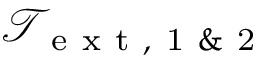
\mathcal { T } _ { \mathrm { ~ e ~ x ~ t ~ , ~ 1 ~ \& ~ 2 ~ } }